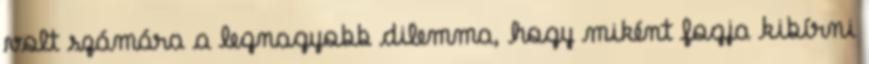
volt számára a legnagyobb dilemma, hogy miként fogja kibírni